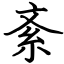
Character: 紊